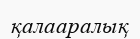
қалааралық